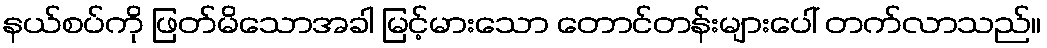
နယ်စပ်ကို ဖြတ်မိသောအခါ မြင့်မားသော တောင်တန်းများပေါ် တက်လာသည်။